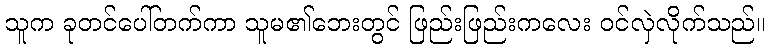
သူက ခုတင်ပေါ်တက်ကာ သူမ၏ဘေးတွင် ဖြည်းဖြည်းကလေး ဝင်လှဲလိုက်သည်။